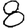
Digit: 8